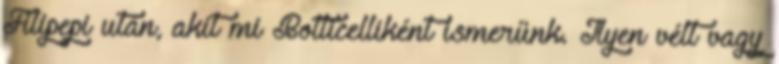
Filipe­pi után, akit mi Botticelliként ismerünk. Ilyen vélt vagy